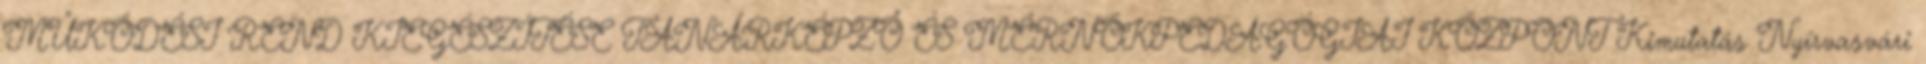
MŰKÖDÉSI REND KIEGÉSZÍTÉSE TANÁRKÉPZŐ ÉS MÉRNÖKPEDAGÓGIAI KÖZPONT Kimutatás Nyírvasvári